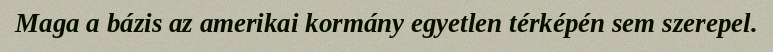
Maga a bázis az amerikai kormány egyetlen térképén sem szerepel.